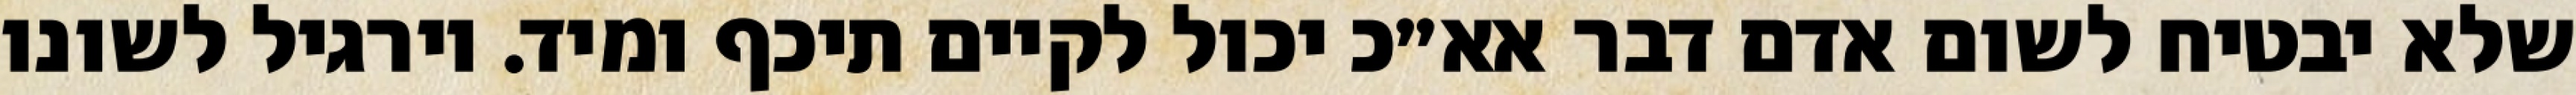
שלא יבטיח לשום אדם דבר אא״כ יכול לקיים תיכף ומיד. וירגיל לשונו